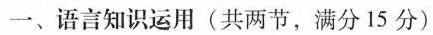
一、语言知识运用(共两节,满分15分)